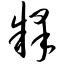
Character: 释